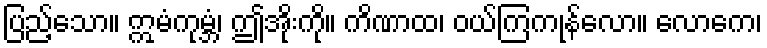
ပြည့်သော။ ဣမံကုမ္ဘံ၊ ဤအိုးကို။ ကိဏာထ၊ ဝယ်ကြကုန်လော။ လောကေ၊